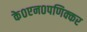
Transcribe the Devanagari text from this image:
के०एन०पणिक्कर